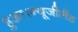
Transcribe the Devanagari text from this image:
हुआ।न्यूजीलैंड